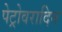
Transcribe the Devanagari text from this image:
पेट्रोवरादिन